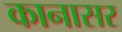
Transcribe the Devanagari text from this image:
कानासर